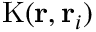
\mathrm { K } ( \mathbf { r } , \mathbf { r } _ { i } )